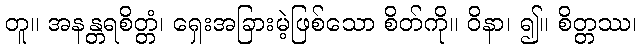
တူ။ အနန္တရစိတ္တံ၊ ရှေးအခြားမဲ့ဖြစ်သော စိတ်ကို။ ဝိနာ၊ ၍။ စိတ္တဿ၊